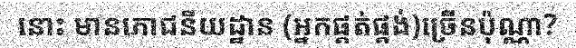
នោះ មានភោជនីយដ្ឋាន (អ្នកផ្គត់ផ្គង់)ច្រើនប៉ុណ្ណា?